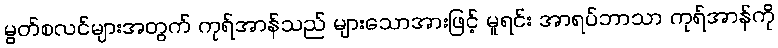
မွတ်စလင်များအတွက် ကုရ်အာန်သည် များသောအားဖြင့် မူရင်း အာရပ်ဘာသာ ကုရ်အာန်ကို